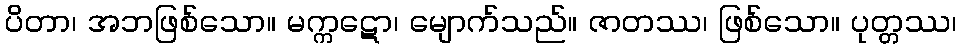
ပိတာ၊ အဘဖြစ်သော။ မက္ကဋော၊ မျောက်သည်။ ဇာတဿ၊ ဖြစ်သော။ ပုတ္တဿ၊